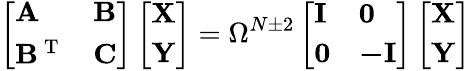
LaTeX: \left[\begin{array}{ll}{\mathbf{A}}&{\mathbf{B}}\\ {\mathbf{B}^{\mathrm{~T~}}}&{\mathbf{C}}\end{array}\right]\left[\begin{array}{l}{\mathbf{X}}\\ {\mathbf{Y}}\end{array}\right]=\Omega^{N\pm 2}\left[\begin{array}{ll}{\mathbf{I}}&{\mathbf{0}}\\ {\mathbf{0}}&{\mathbf{-I}}\end{array}\right]\left[\begin{array}{l}{\mathbf{X}}\\ {\mathbf{Y}}\end{array}\right]